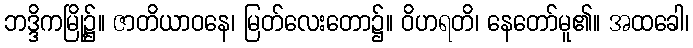
ဘဒ္ဒိကမြို့၌။ ဇာတိယာဝနေ၊ မြတ်လေးတော၌။ ဝိဟရတိ၊ နေတော်မူ၏။ အထခေါ၊